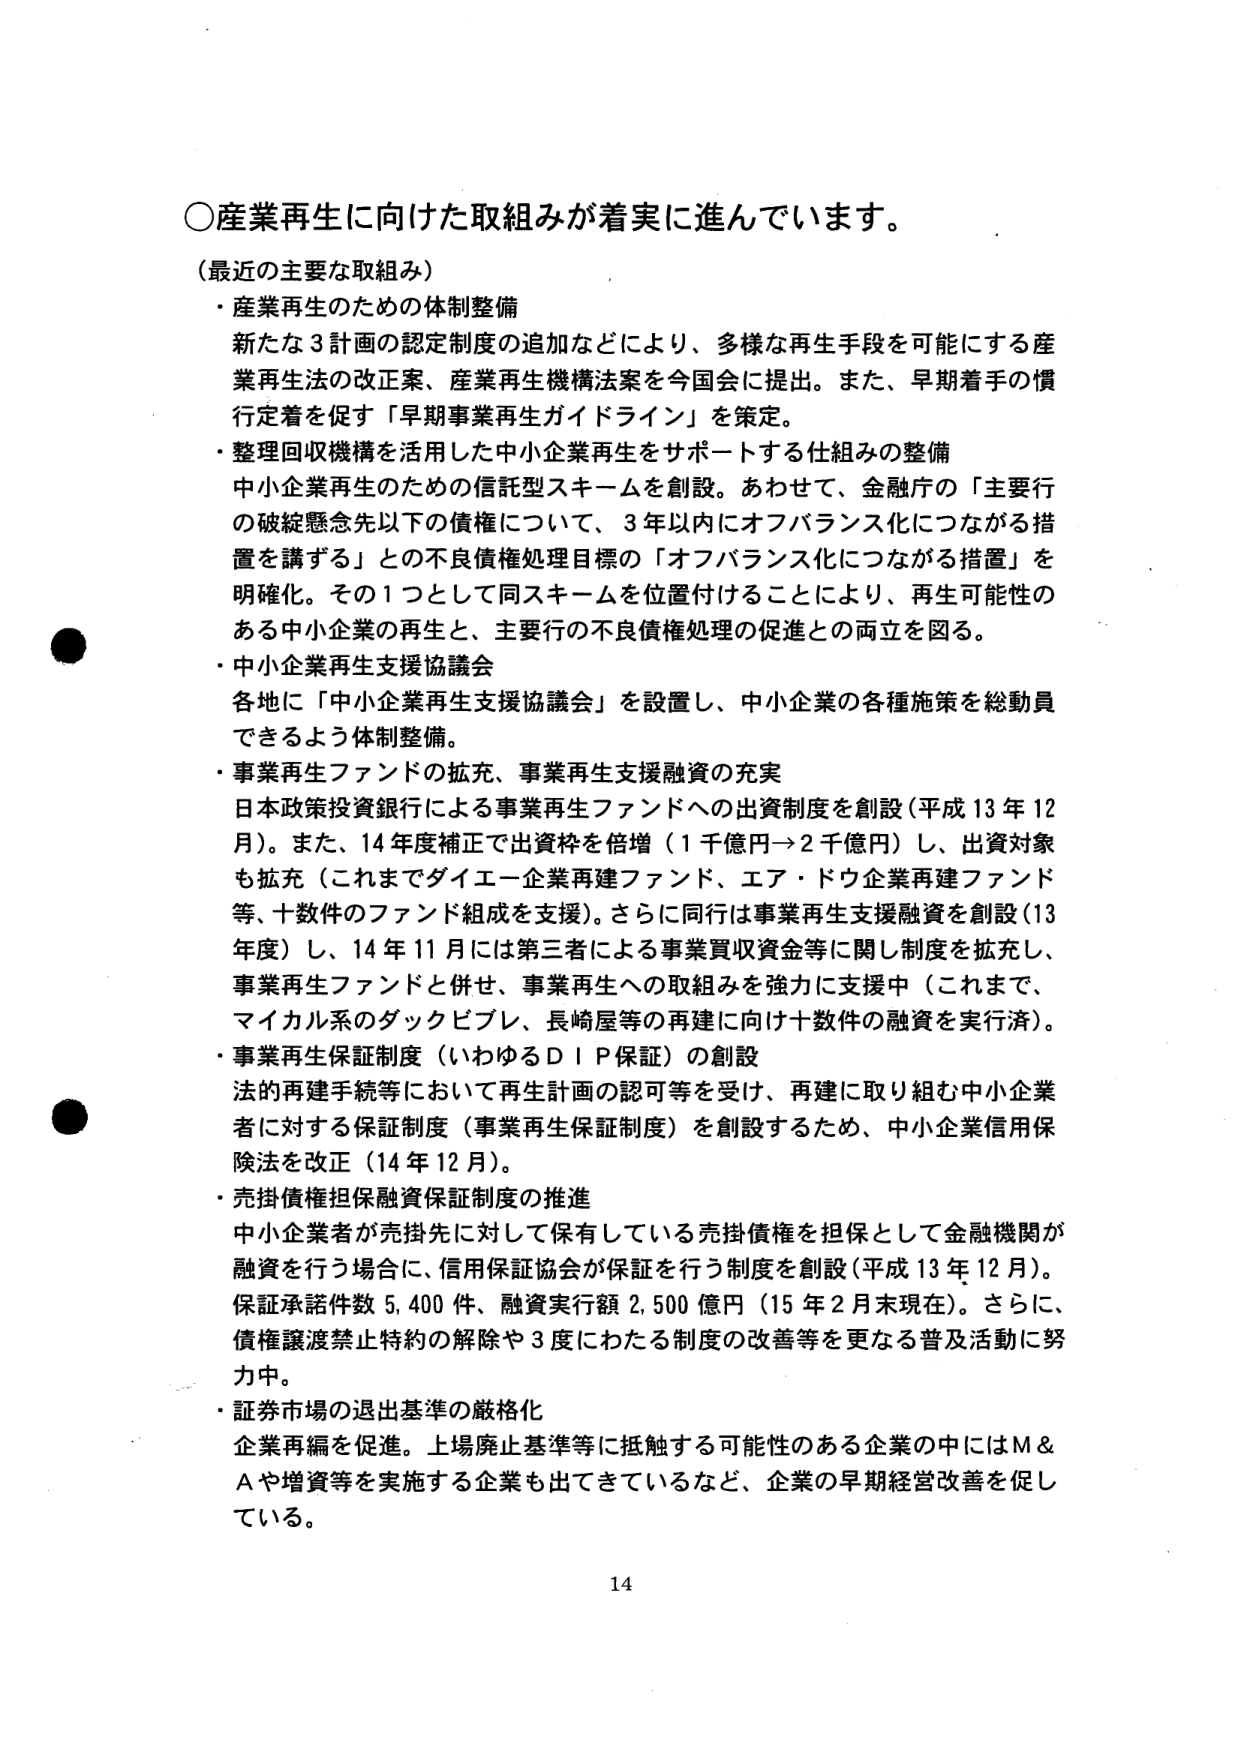
○産業再生に向けた取組みが着実に進んでいます。

（最近の主要な取組み）
・産業再生のための体制整備
　新たな３計画の認定制度の追加などにより、多様な再生手段を可能にする産業再生法の改正案、産業再生機構法案を今国会に提出。また、早期着手の慣行定着を促す「早期事業再生ガイドライン」を策定。
・整理回収機構を活用した中小企業再生をサポートする仕組みの整備
　中小企業再生のための信託型スキームを創設。あわせて、金融庁の「主要行の破綻懸念先以下の債権について、３年以内にオフバランス化につながる措置を講ずる」との不良債権処理目標の「オフバランス化につながる措置」を明確化。その１つとして同スキームを位置付けることにより、再生可能性のある中小企業の再生と、主要行の不良債権処理の促進との両立を図る。
・中小企業再生支援協議会
　各地に「中小企業再生支援協議会」を設置し、中小企業の各種施策を総動員できるよう体制整備。
・事業再生ファンドの拡充、事業再生支援融資の充実
　日本政策投資銀行による事業再生ファンドへの出資制度を創設（平成13年12月）。また、14年度補正で出資枠を倍増（１千億円→２千億円）し、出資対象も拡充（これまでダイエー企業再建ファンド、エア・ドウ企業再建ファンド等、十数件のファンド組成を支援）。さらに同行は事業再生支援融資を創設（13年度）し、14年11月には第三者による事業買収資金等に関し制度を拡充し、事業再生ファンドと併せ、事業再生への取組みを強力に支援中（これまで、マイカル系のダックビブレ、長崎屋等の再建に向け十数件の融資を実行済）。
・事業再生保証制度（いわゆるＤＩＰ保証）の創設
　法的再建手続等において再生計画の認可等を受け、再建に取り組む中小企業者に対する保証制度（事業再生保証制度）を創設するため、中小企業信用保険法を改正（14年12月）。
・売掛債権担保融資保証制度の推進
　中小企業者が売掛先に対して保有している売掛債権を担保として金融機関が融資を行う場合に、信用保証協会が保証を行う制度を創設（平成13年12月）。保証承諾件数5,400件、融資実行額2,500億円（15年2月末現在）。さらに、債権譲渡禁止特約の解除や3度にわたる制度の改善等を更なる普及活動に努力中。
・証券市場の退出基準の厳格化
　企業再編を促進。上場廃止基準等に抵触する可能性のある企業の中にはＭ＆Ａや増資等を実施する企業も出てきているなど、企業の早期経営改善を促している。

14